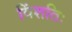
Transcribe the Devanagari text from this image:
विंशतिः